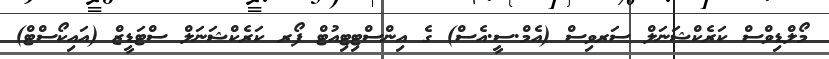
މޯލްޑިވްސް ކަރެކްޝަނަލް ސަރވިސް (އެމް.ސީ.އެސް) ގެ އިންސްޓިޓިއުޓް ފޯރ ކަރެކްޝަނަލް ސްޓަޑީޒް (އައިކޯސްޓް)